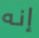
إنه